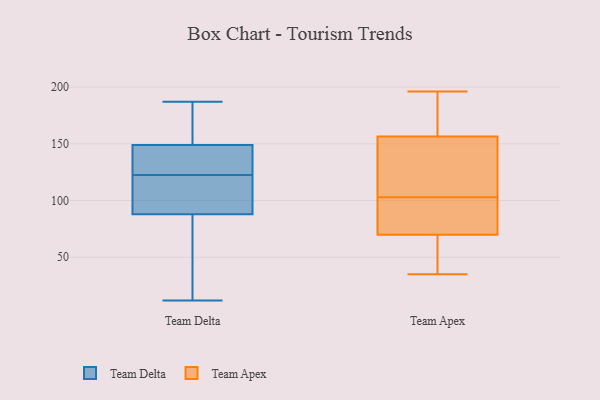
{"axis": {"x": "Latency (ms)", "y": "Value"}, "legend": ["Team Apex", "Team Delta"], "data": [{"x": "", "y": 135, "type": "Team Delta"}, {"x": "", "y": 88, "type": "Team Delta"}, {"x": "", "y": 187, "type": "Team Delta"}, {"x": "", "y": 70, "type": "Team Delta"}, {"x": "", "y": 119, "type": "Team Delta"}, {"x": "", "y": 143, "type": "Team Delta"}, {"x": "", "y": 162, "type": "Team Delta"}, {"x": "", "y": 124, "type": "Team Delta"}, {"x": "", "y": 92, "type": "Team Delta"}, {"x": "", "y": 17, "type": "Team Delta"}, {"x": "", "y": 149, "type": "Team Delta"}, {"x": "", "y": 149, "type": "Team Delta"}, {"x": "", "y": 12, "type": "Team Delta"}, {"x": "", "y": 121, "type": "Team Delta"}, {"x": "", "y": 103, "type": "Team Apex"}, {"x": "", "y": 164, "type": "Team Apex"}, {"x": "", "y": 89, "type": "Team Apex"}, {"x": "", "y": 113, "type": "Team Apex"}, {"x": "", "y": 156, "type": "Team Apex"}, {"x": "", "y": 158, "type": "Team Apex"}, {"x": "", "y": 35, "type": "Team Apex"}, {"x": "", "y": 69, "type": "Team Apex"}, {"x": "", "y": 152, "type": "Team Apex"}, {"x": "", "y": 48, "type": "Team Apex"}, {"x": "", "y": 196, "type": "Team Apex"}, {"x": "", "y": 185, "type": "Team Apex"}, {"x": "", "y": 85, "type": "Team Apex"}, {"x": "", "y": 70, "type": "Team Apex"}, {"x": "", "y": 66, "type": "Team Apex"}, {"x": "", "y": 96, "type": "Team Apex"}, {"x": "", "y": 145, "type": "Team Apex"}]}